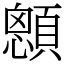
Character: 顖